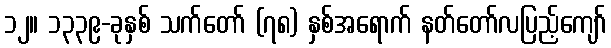
၁၂။ ၁၃၃၉-ခုနှစ် သက်တော် (၇၈) နှစ်အရောက် နတ်တော်လပြည့်ကျော်